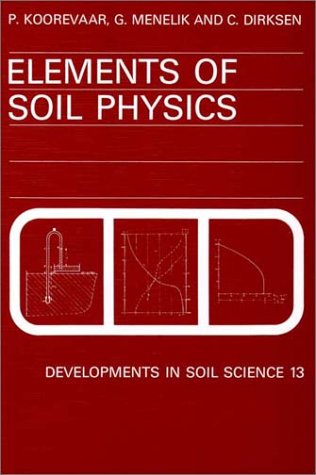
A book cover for Elements of Soil Physics, Volume 13 (Developments in Soil Science); P. Koorevaar; Science & Math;